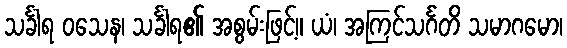
သင်္ခါရ ဝသေန၊ သင်္ခါရ၏ အစွမ်းဖြင့်။ ယံ၊ အကြင်သင်္ဂတိ သမာဂမော၊